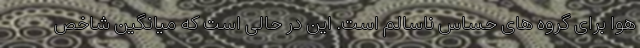
هوا برای گروه های حساس ناسالم است. این در حالی است که میانگین شاخص